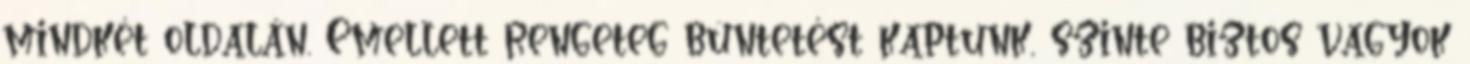
mindkét oldalán. Emellett rengeteg büntetést kaptunk, szinte biztos vagyok